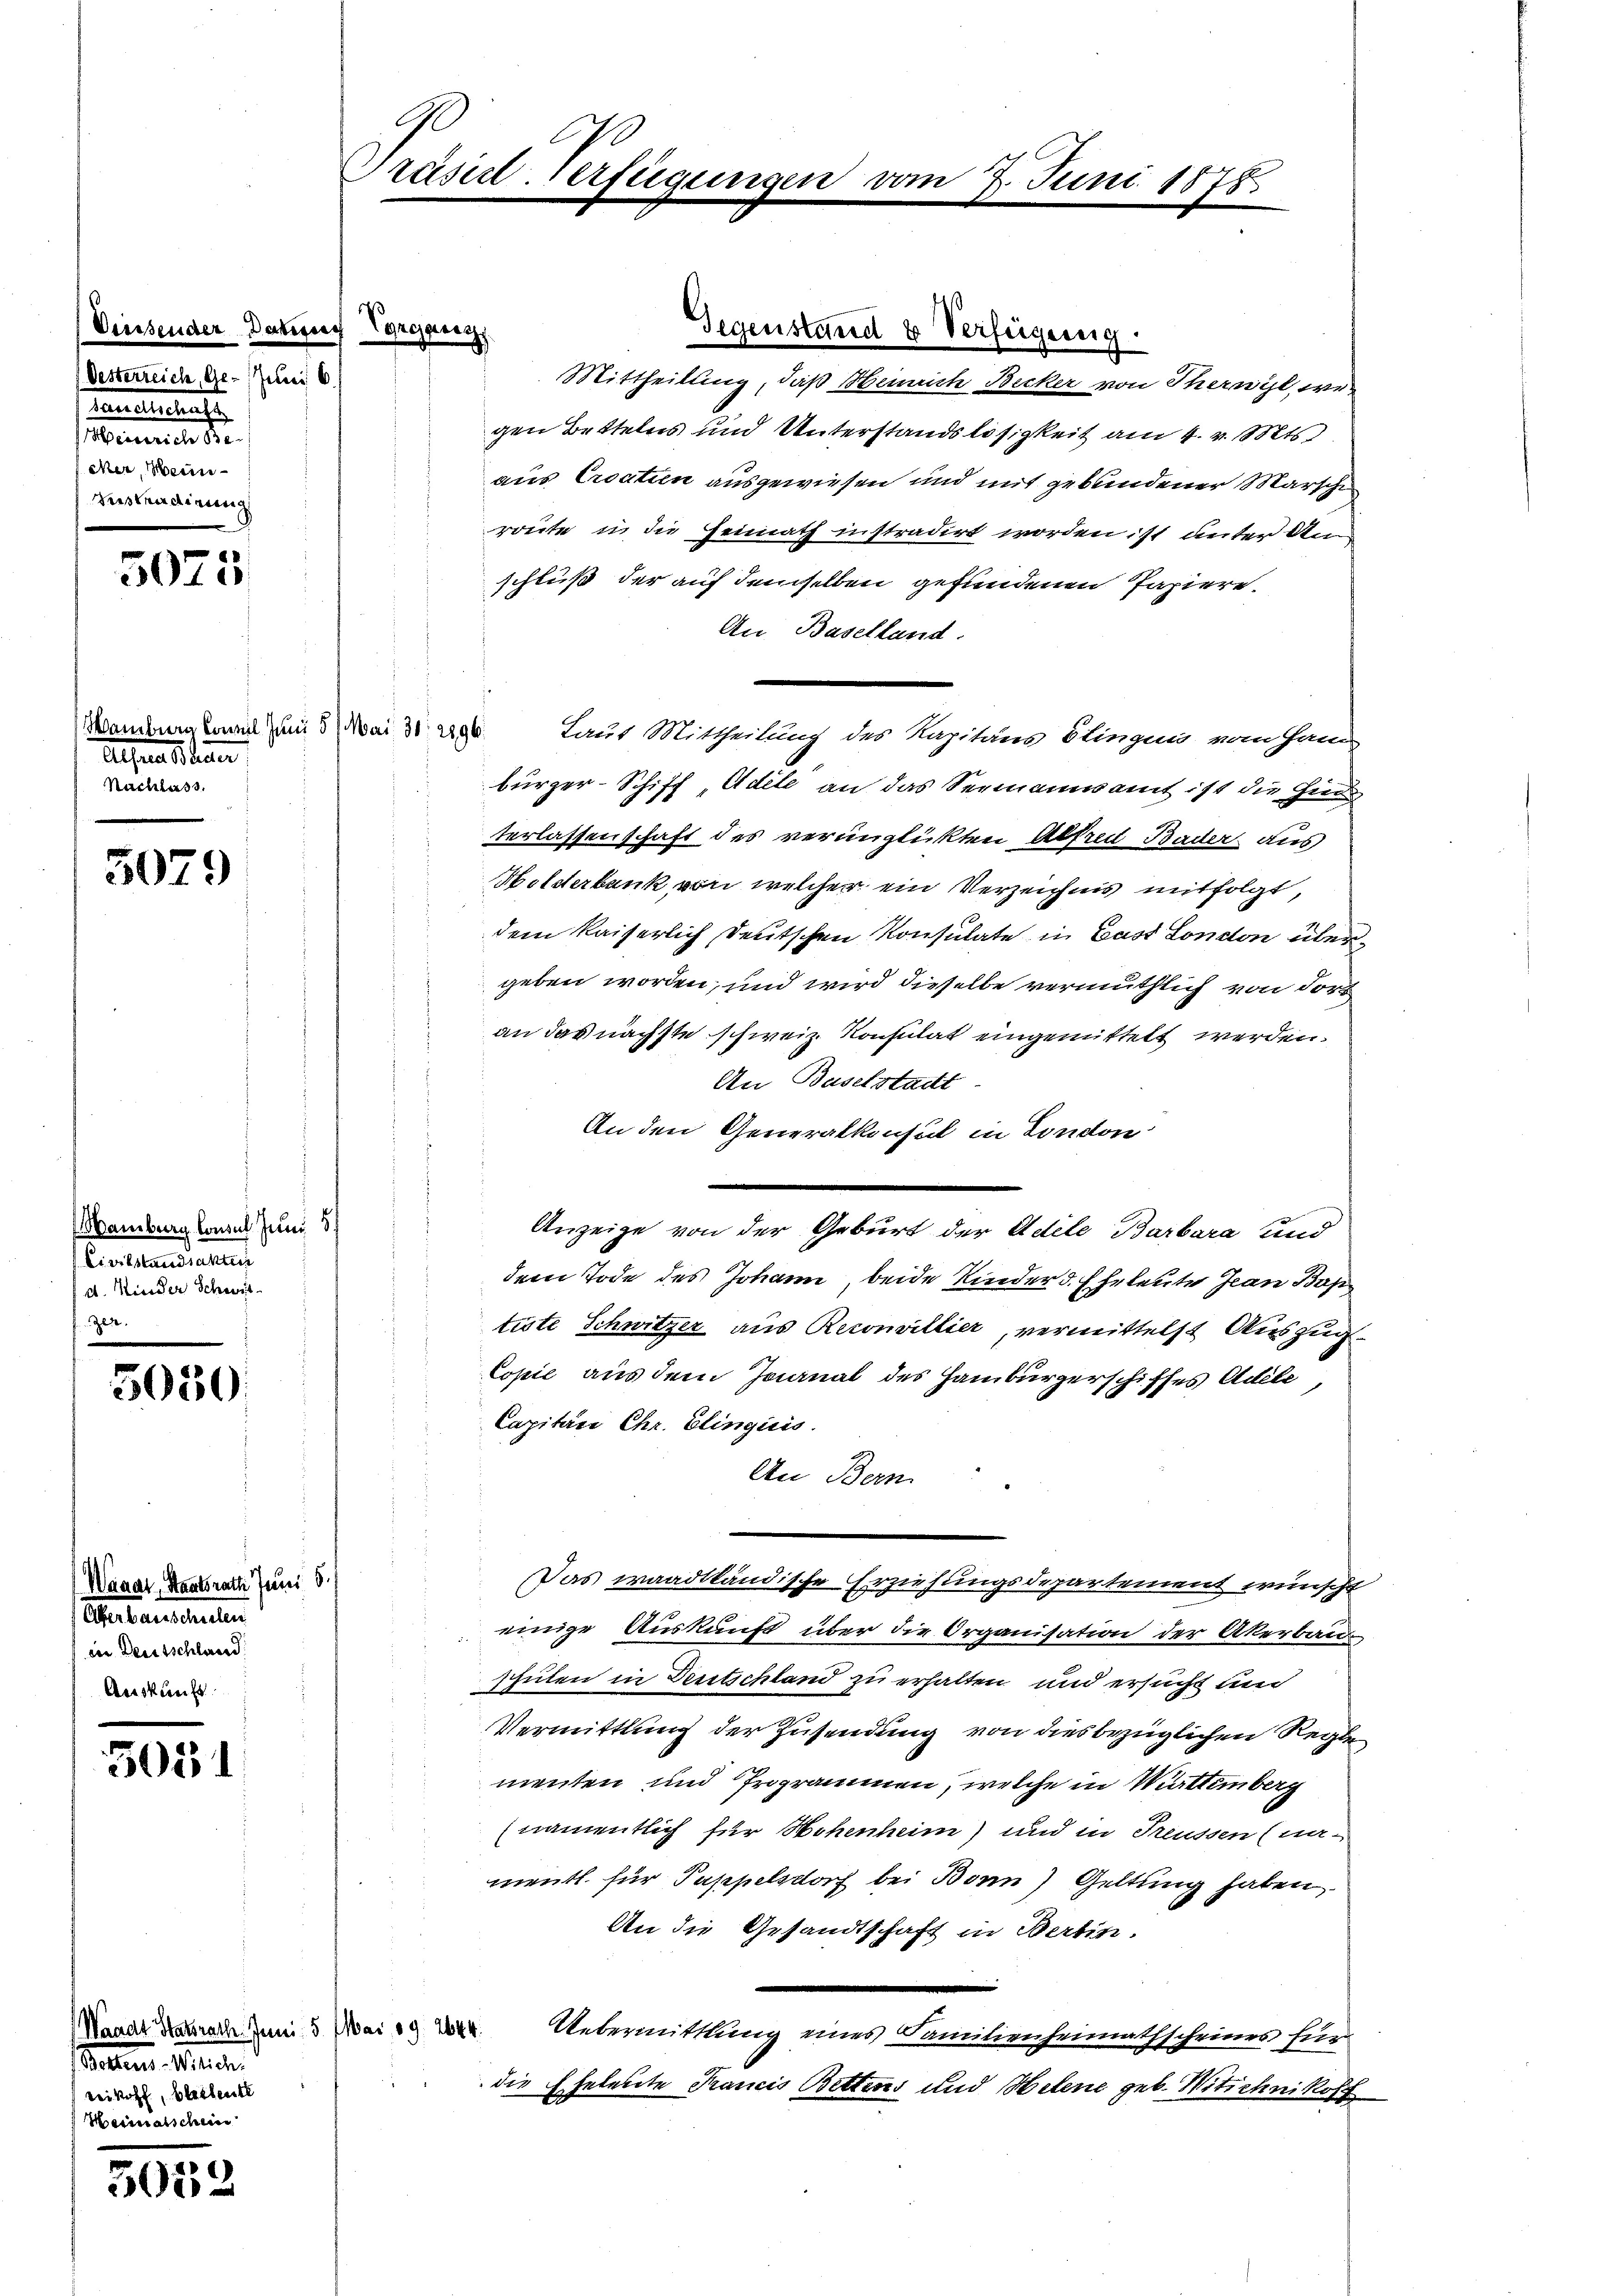
der

Oesterreich, Ge- (Jeli 6./
Consultante
e
cher, Mein
Verstradirung

5025

Hamburg Consul Juni 51 Mai 31. 2896.
Alsers dan
Nachlass.

5079

Mamburg Consul Juni 8
Civilstandscha
d. Kinder Schweit
zen.

5030.

Waadt, Staatsrath Juni 5.
ertauschulen
von Deutschland
Auskunft

5051

Waadt Statsrath. Juni 5.
Seiten. Meilen
reikoff, beschente
Heimatschein

5052

G
Präsent. Verfügungen

Mittheilung, daß Zürich Becker von Theil, we
gen Bettelns und Unterstandslosigkeit am 4. v. Mts.
aus Croatien ausgewiesen und mit gebundener Marsche
route in die Heimath instradirt worden ist unter Anschluß der auf demselben gefundenen Papiere.
An Baselland.
Laut Mittheilung des Kapitäns Elingen vom Han
bürger-Schiff Adele an das Seemannamt ist die Hin
terlassenschaft des verunglückten Alfred Bader aus
Holderbank, von welcher ein Verzeichnis mitfolgt,
dem Kaiserlich deutschen Konsulate in Gast London übergeben worden, und wird dieselbe vermuthlich von doran das nächste schweiz. Konsulat eingemittelt werden.
An Baselstadt
An den Generalkonsul in London
Anzeige von der Geburt der Adele Barbara und
dem Tode des Johann beide Kinder d. Eheleute Jean Bos
tiste Schwitzer aus Reconvillier, vermittelst Auszug.
Copie aus dem Journal des Hamburgerschiffes Adele,
Capitän Chr. Elingicis.
An Bern
Das waadtländische Erziehungsdepartement wünscht
einige Auskunft über die Organisation der Akerbau-
schulen in Deutschland zu erhalten und ersucht und
Vermittlung der Zusendung von dies bezüglichen Regle
menten und Programmen, welche in Mutternberg
(namentlich für Hohenheim) und in Freussen (namentl. für Pappelsdorf bei Bonn) Geltung haben,
An die Gesandtschaft in Bertin.
Mai 89. 2644.
Uebermittlung eines Familienheimathscheines für
die Eheleute Francis Bettens und Helene geb. Witschnikost

au Vorgang

von

Gegenstand & Verfügung

7. Juni 1878